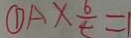
\textcircled { 1 } A \times \frac { 6 } { t } = 1